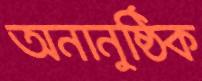
অনানুষ্ঠিক